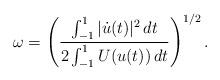
LaTeX: \begin{align*}\omega = \left(\frac{\int_{-1}^1 \vert \dot u(t)\vert^2 \,dt}{2 \int_{-1}^1 U(u(t))\,dt}\right)^{1/2}.\end{align*}